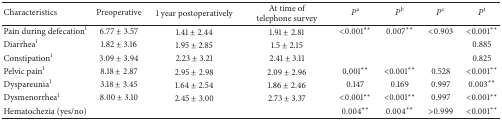
<table><thead><tr><td><b>Characteristics</b></td><td><b>Preoperative</b></td><td><b>1 year postoperatively</b></td><td><b>At time of telephone survey</b></td><td><b><i>P</i><sup>a</sup></b></td><td><b><i>P</i><sup>b</sup></b></td><td><b><i>P</i><sup>c</sup></b></td><td><b><i>P</i><sup>t</sup></b></td></tr></thead><tbody><tr><td>Pain during defecation<sup>1</sup></td><td>6.77 ± 3.57</td><td>1.41 ± 2.44</td><td>1.91 ± 2.81</td><td>&lt;0.001<sup>**</sup></td><td>0.007<sup>**</sup></td><td>&lt;0.903</td><td>&lt;0.001<sup>**</sup></td></tr><tr><td>Diarrhea<sup>1</sup></td><td>1.82 ± 3.16</td><td>1.95 ± 2.85</td><td>1.5 ± 2.15</td><td>[EMPTY_CELL]</td><td>[EMPTY_CELL]</td><td>[EMPTY_CELL]</td><td>0.885</td></tr><tr><td>Constipation<sup>1</sup></td><td>3.09 ± 3.94</td><td>2.23 ± 3.21</td><td>2.41 ± 3.11</td><td>[EMPTY_CELL]</td><td>[EMPTY_CELL]</td><td>[EMPTY_CELL]</td><td>0.825</td></tr><tr><td>Pelvic pain<sup>1</sup></td><td>8.18 ± 2.87</td><td>2.95 ± 2.98</td><td>2.09 ± 2.96</td><td>0.001<sup>**</sup></td><td>&lt;0.001<sup>**</sup></td><td>0.528</td><td>&lt;0.001<sup>**</sup></td></tr><tr><td>Dyspareunia<sup>1</sup></td><td>3.18 ± 3.45</td><td>1.64 ± 2.54</td><td>1.86 ± 2.46</td><td>0.147</td><td>0.169</td><td>0.997</td><td>0.003<sup>**</sup></td></tr><tr><td>Dysmenorrhea<sup>1</sup></td><td>8.00 ± 3.10</td><td>2.45 ± 3.00</td><td>2.73 ± 3.37</td><td>&lt;0.001<sup>**</sup></td><td>&lt;0.001<sup>**</sup></td><td>0.997</td><td>&lt;0.001<sup>**</sup></td></tr><tr><td>Hematochezia (yes/no)</td><td>[EMPTY_CELL]</td><td>[EMPTY_CELL]</td><td>[EMPTY_CELL]</td><td>0.004<sup>**</sup></td><td>0.004<sup>**</sup></td><td>&gt;0.999</td><td>&lt;0.001<sup>**</sup></td></tr></tbody></table>